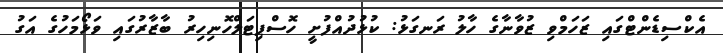
އެކްސިޑެންޓްގައި ޒަހަމްވި ޒުވާނާގެ ހާލު ރަނގަޅު: ކުޅުދުއްފުށީ ހޮސްޕިޓަލްހޮނިހިރު ބާޒާރުގައި ވަޅޯމަހުގެ އަގު